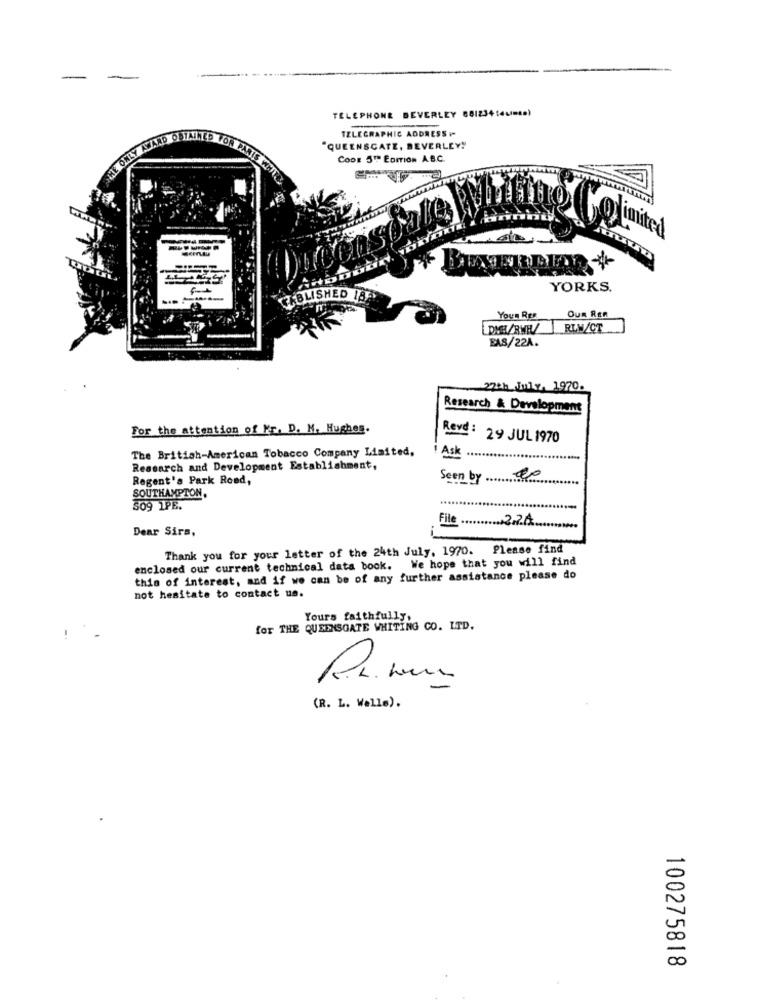
-
TELEPHONE BEVERLEY 68123414uma)
TELEGRAPHIC ADDRESS -
"QUEENSCATE, BEVERLEY!
CODE 5TH EDITION AB.C.
Dudenscale
@ limited
YORKS.
VABLISHED IST
Youn RER
OUR RER
PME/RWE/
RIW/CT
EAS/22A.
22th_July 1970.
Research & Development
For the attention of Fr. D. M. Hughes.
Reve: 29 JUL 1970
The British-American Tobacco Company Limited,
Ask
Research and Development Establishment,
Regent's Park Roed,
Seen by 20
SOUTHAMPTON.
509 1PE.
File22A
Dear Sirs,
Thank you for your letter of the 24th July, 1970. Please find
enclosed our current technical data book. We hope that you will find
this of interest, and if we can be of any further assistance please do
not hesitate to contact us.
Yours faithfully.
for THE QUEENSGATE WHITING CO. LTD.
(R. L. Walls).
-
00
100275818